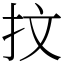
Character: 抆